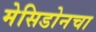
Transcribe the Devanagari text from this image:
मेसिडोनचा